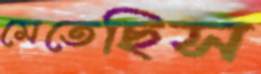
মেতেছিস